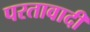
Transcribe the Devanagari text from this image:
परतावादी